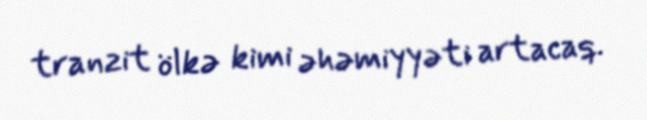
tranzit ölkə kimi əhəmiyyəti artacaq.